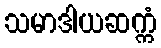
သမာဒါယဆက္ကံ